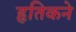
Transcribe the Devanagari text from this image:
हृतिकने